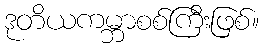
ဒုတိယကမ္ဘာစစ်ကြီးဖြစ်။